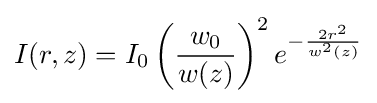
I(r,z)=I_{0}\left({\frac {w_{0}}{w(z)}}\right)^{2}e^{-{\frac {2r^{2}}{w^{2}(z)}}}